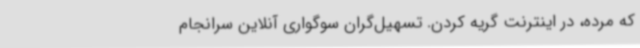
که مرده، در اینترنت گریه کردن. تسهیل‌گران سوگواری آنلاین سرانجام